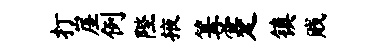
打崖例陛掖篝蹇镇贱